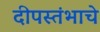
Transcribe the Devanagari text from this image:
दीपस्तंभाचे